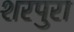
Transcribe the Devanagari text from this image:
शरपुरा